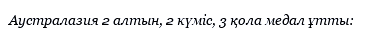
Аустралазия 2 алтын, 2 күміс, 3 қола медал ұтты: